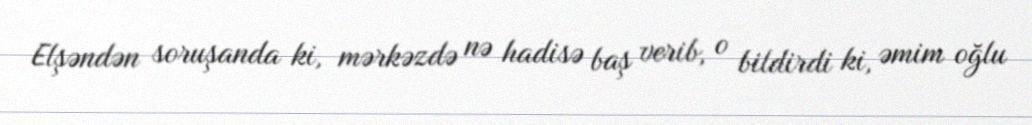
Elşəndən soruşanda ki, mərkəzdə nə hadisə baş verib, o bildirdi ki, əmim oğlu